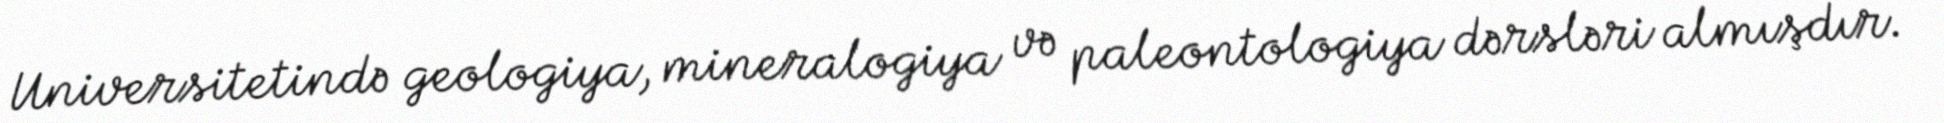
Universitetində geologiya, mineralogiya və paleontologiya dərsləri almışdır.